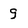
Character: g